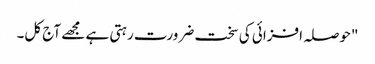
"حوصلہ افزائی کی سخت ضرورت رہتی ہے مجھے آج کل۔